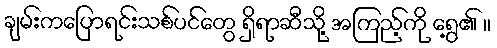
ချမ်းကပြောရင်းသစ်ပင်တွေ ရှိရာဆီသို့ အကြည့်ကို ရွေ့၏ ။